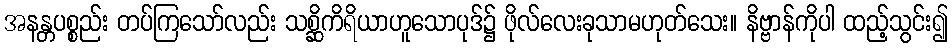
အနန္တပစ္စည်း တပ်ကြသော်လည်း သစ္ဆိကိရိယာဟူသောပုဒ်၌ ဖိုလ်လေးခုသာမဟုတ်သေး။ နိဗ္ဗာန်ကိုပါ ထည့်သွင်း၍